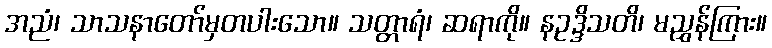
အညံ၊ သာသနာတော်မှတပါးသော။ သတ္တာရံ၊ ဆရာကို။ နဥဒ္ဒိသတိ၊ မညွှန်ကြား။